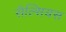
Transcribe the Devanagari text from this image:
सैल्सियस